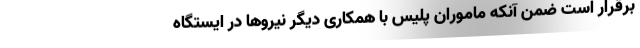
برقرار است ضمن آنکه ماموران پلیس با همکاری دیگر نیروها در ایستگاه